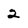
Character: 2